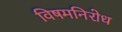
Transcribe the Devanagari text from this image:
विषमनिरोध